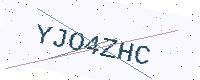
Text: YJO4ZHC